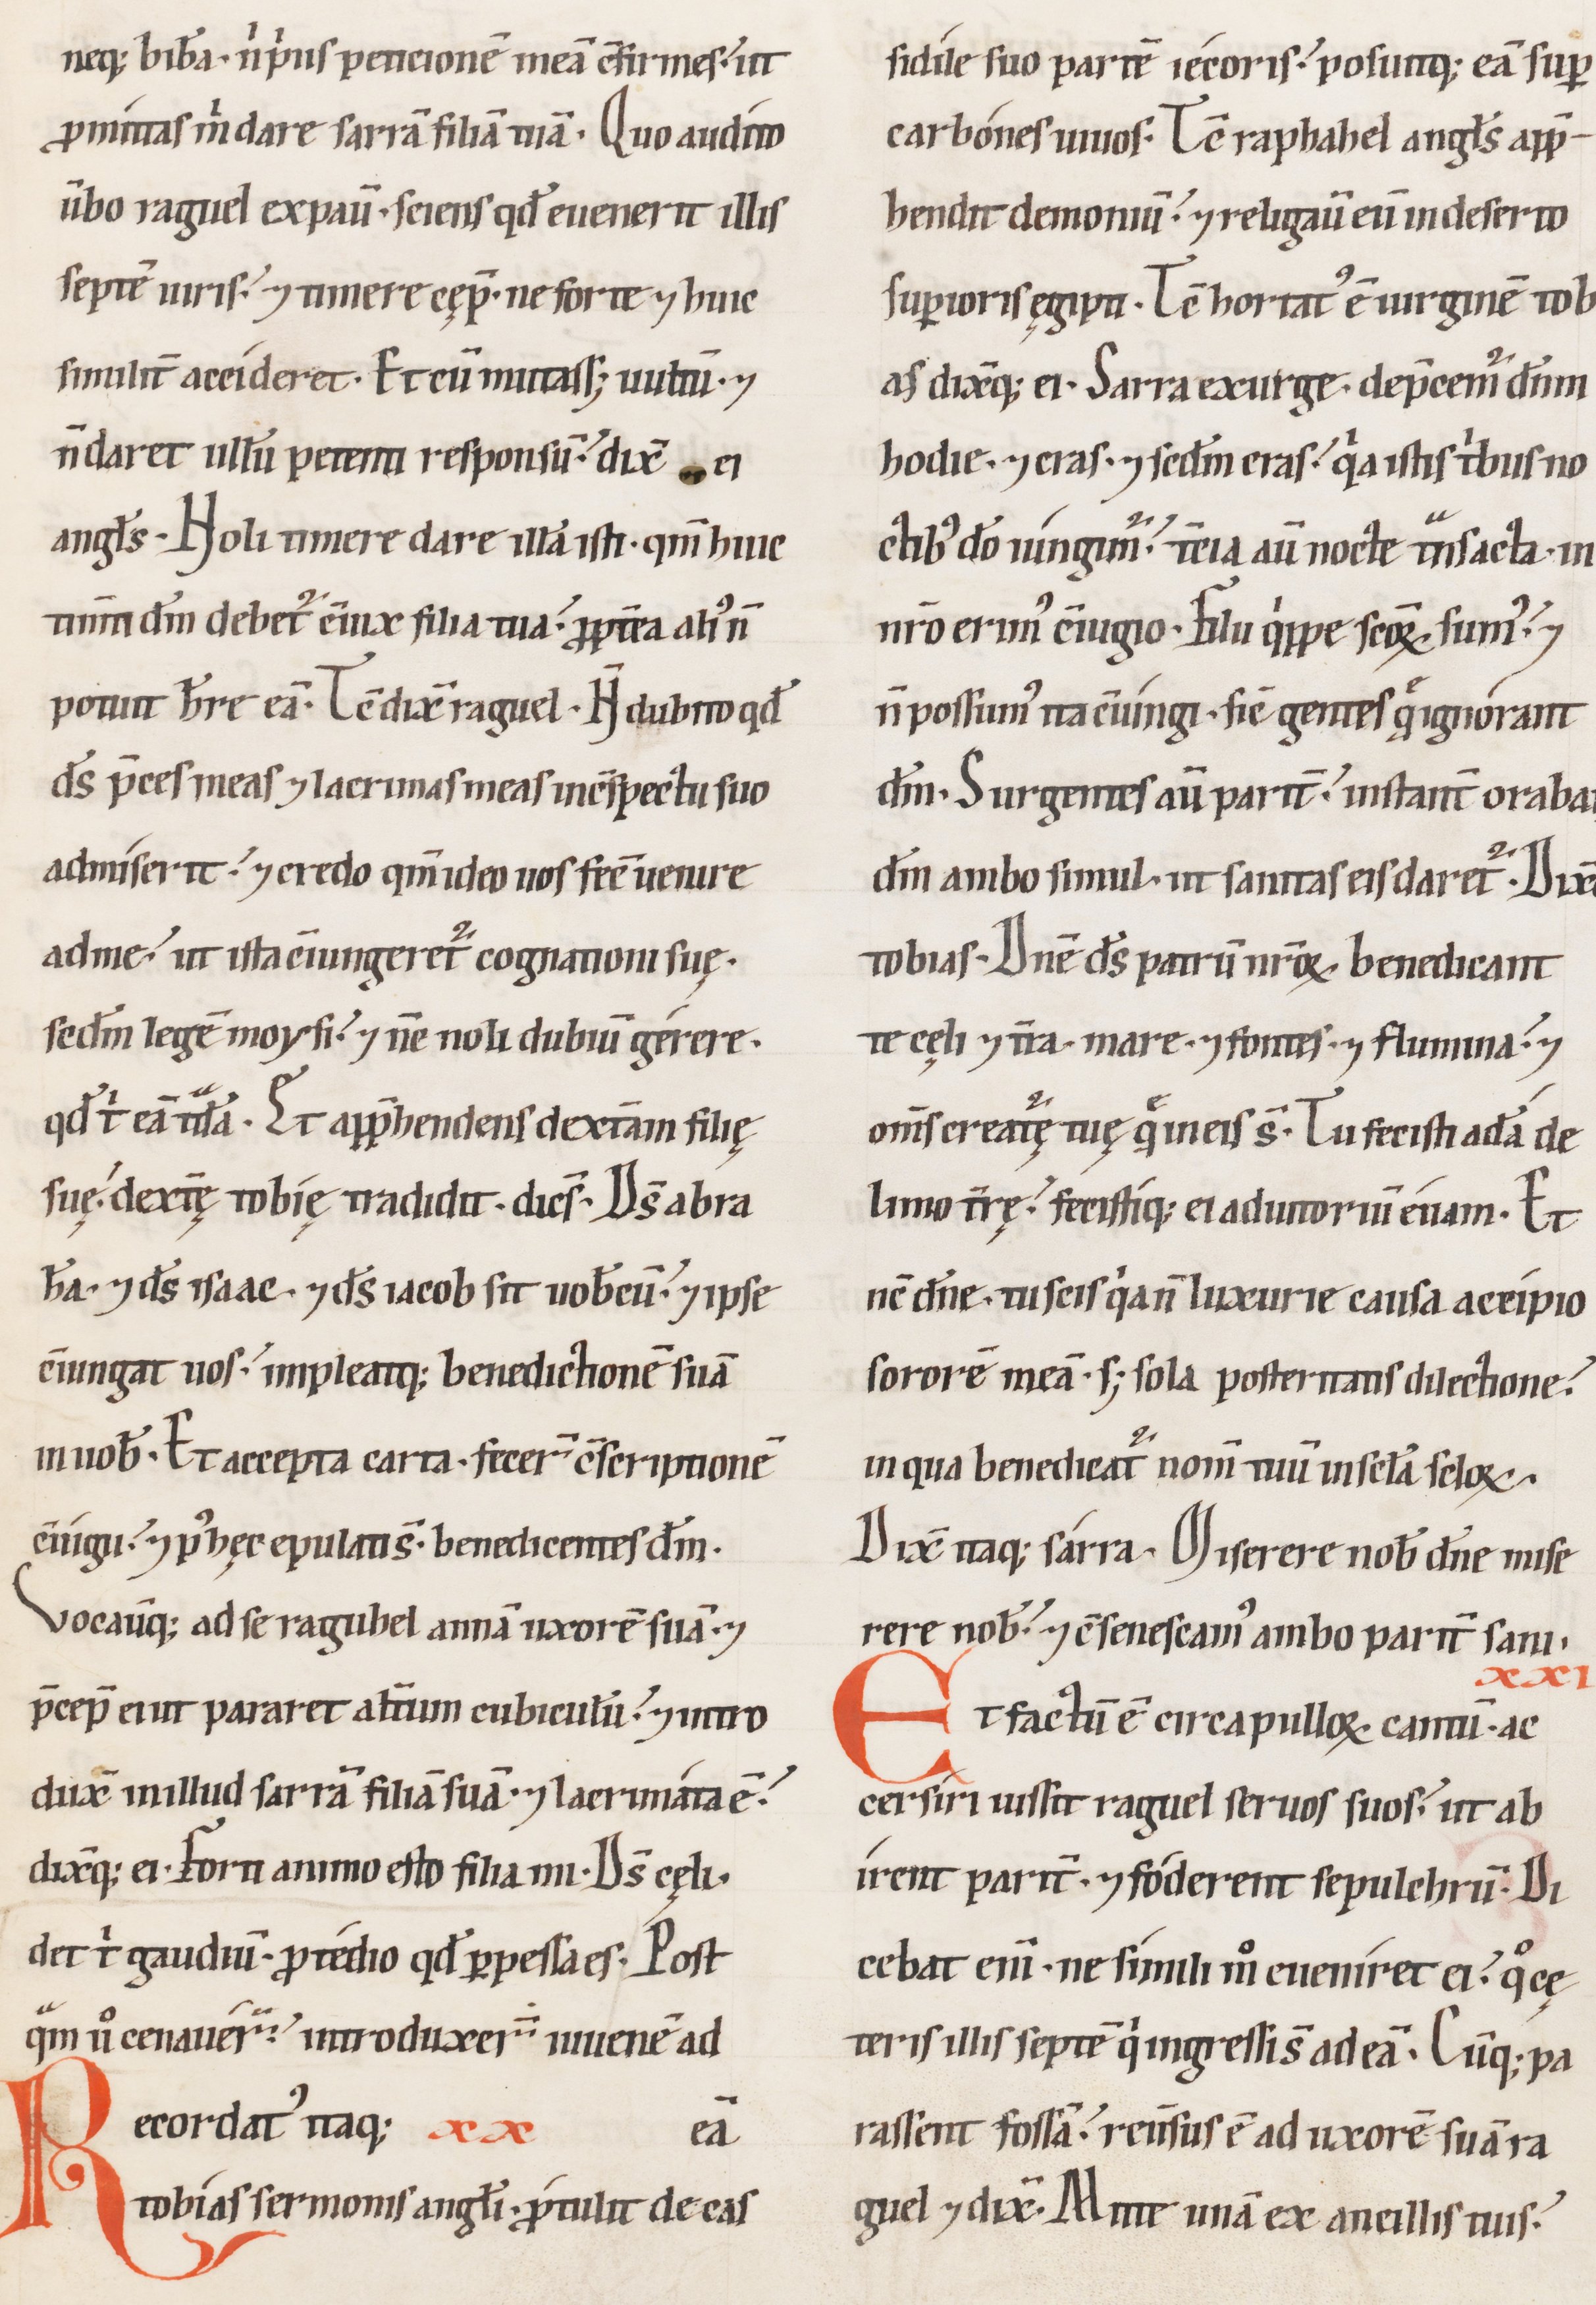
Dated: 1100–1199